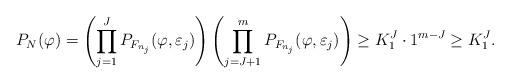
LaTeX: \begin{align*}P_N(\varphi) = \left( \prod_{j=1}^J P_{F_{n_j}}(\varphi, \varepsilon_j) \right) \left(\prod_{j=J+1}^m P_{F_{n_j}}(\varphi, \varepsilon_j)\right) \geq K_1^J \cdot 1^{m-J} \geq K_1^J.\end{align*}